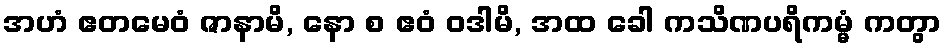
အဟံ ဧတမေဝံ ဇာနာမိ, နော စ ဧဝံ ဝဒါမိ, အထ ခေါ ကသိဏပရိကမ္မံ ကတွာ